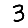
Digit: 3